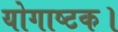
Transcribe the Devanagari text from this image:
योगाष्टक।